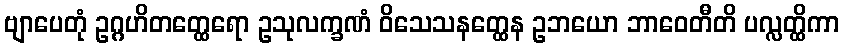
ဗျာပေတုံ ဥဂ္ဂဟိတတ္ထေရော ဥသုလက္ခဏံ ဝိသေသနတ္ထေန ဥဘယော ဘာဝေတီတိ ပလ္လတ္ထိကာ